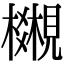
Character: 𧢎